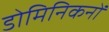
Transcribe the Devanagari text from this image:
डोमिनिकनों